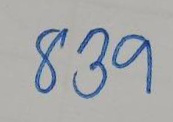
839